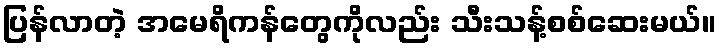
ပြန်လာတဲ့ အမေရိကန်တွေကိုလည်း သီးသန့်စစ်ဆေးမယ်။